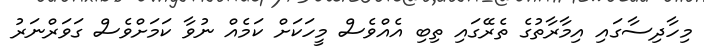
މިހާދިސާގައި އިމާރާތުގެ ތެރޭގައި ތިބި އެއްވެސް މީހަކަށް ކަމެއް ނުވާ ކަމަށްވެސް ގަވަރްނަރު